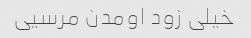
خیلی زود اومدن مرسیی